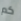
كم